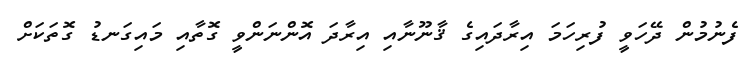
ފެނުމުން ދޭހަވީ ފުރިހަމަ އިރާދައިގެ ޤާނޫނާއި އިރާދަ އޮންނަންވީ ގޮތާއި މައިގަނޑު ގޮތަކަށް